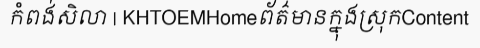
កំពង់សិលា | KHTOEMHomeព័ត៌មានក្នុងស្រុកContent